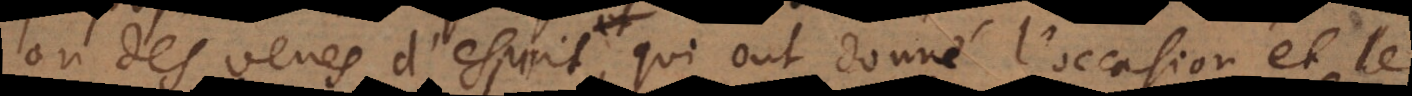
ou des veues d’esprit, qui ont donné l’occasion et le